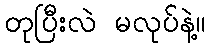
တုပြီးလဲ မလုပ်နဲ့။